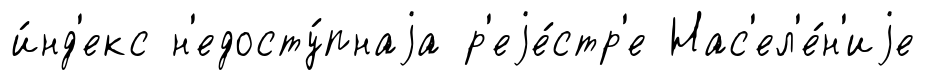
и́нд'екс н'едосту́пнаjа р'еjе́стр'е Нас'ел'е́н'иjе